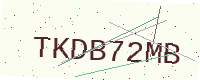
Text: TKDB72MB